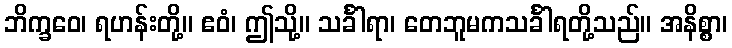
ဘိက္ခဝေ၊ ရဟန်းတို့။ ဧဝံ၊ ဤသို့။ သင်္ခါရာ၊ တေဘူမကသင်္ခါရတို့သည်။ အနိစ္စာ၊